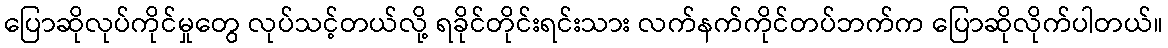
ပြောဆိုလုပ်ကိုင်မှုတွေ လုပ်သင့်တယ်လို့ ရခိုင်တိုင်းရင်းသား လက်နက်ကိုင်တပ်ဘက်က ပြောဆိုလိုက်ပါတယ်။